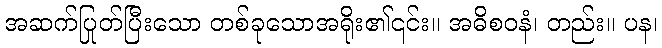
အဆက်ပြုတ်ပြီးသော တစ်ခုသောအရိုး၏၎င်း။ အဓိစဝနံ၊ တည်း။ ပန၊